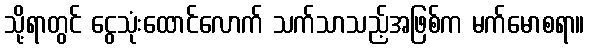
သို့ရာတွင် ငွေသုံးထောင်လောက် သက်သာသည့်အဖြစ်က မက်မောစရာ။